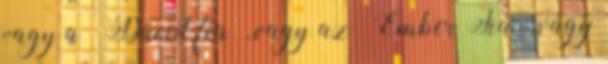
vagy a „Dávid fia”, vagy az „Ember Fia”, vagy